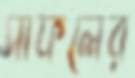
সাফলের